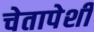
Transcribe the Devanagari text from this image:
चेतापेशीं